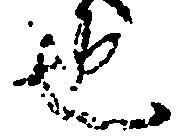
也